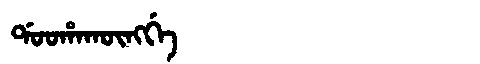
Manchu: ᡩᠣᠣᡥᠠᡴᡡᠩᡤᡝ
Romanization: DOOHAKŪNGGE